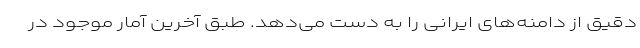
دقیق از دامنه‌های ایرانی را به دست می‌دهد. طبق آخرین آمار موجود در